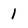
Character: 1